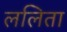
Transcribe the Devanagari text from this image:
ललिता